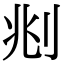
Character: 𠛪